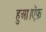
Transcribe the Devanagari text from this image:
हुआ।ऍफ़